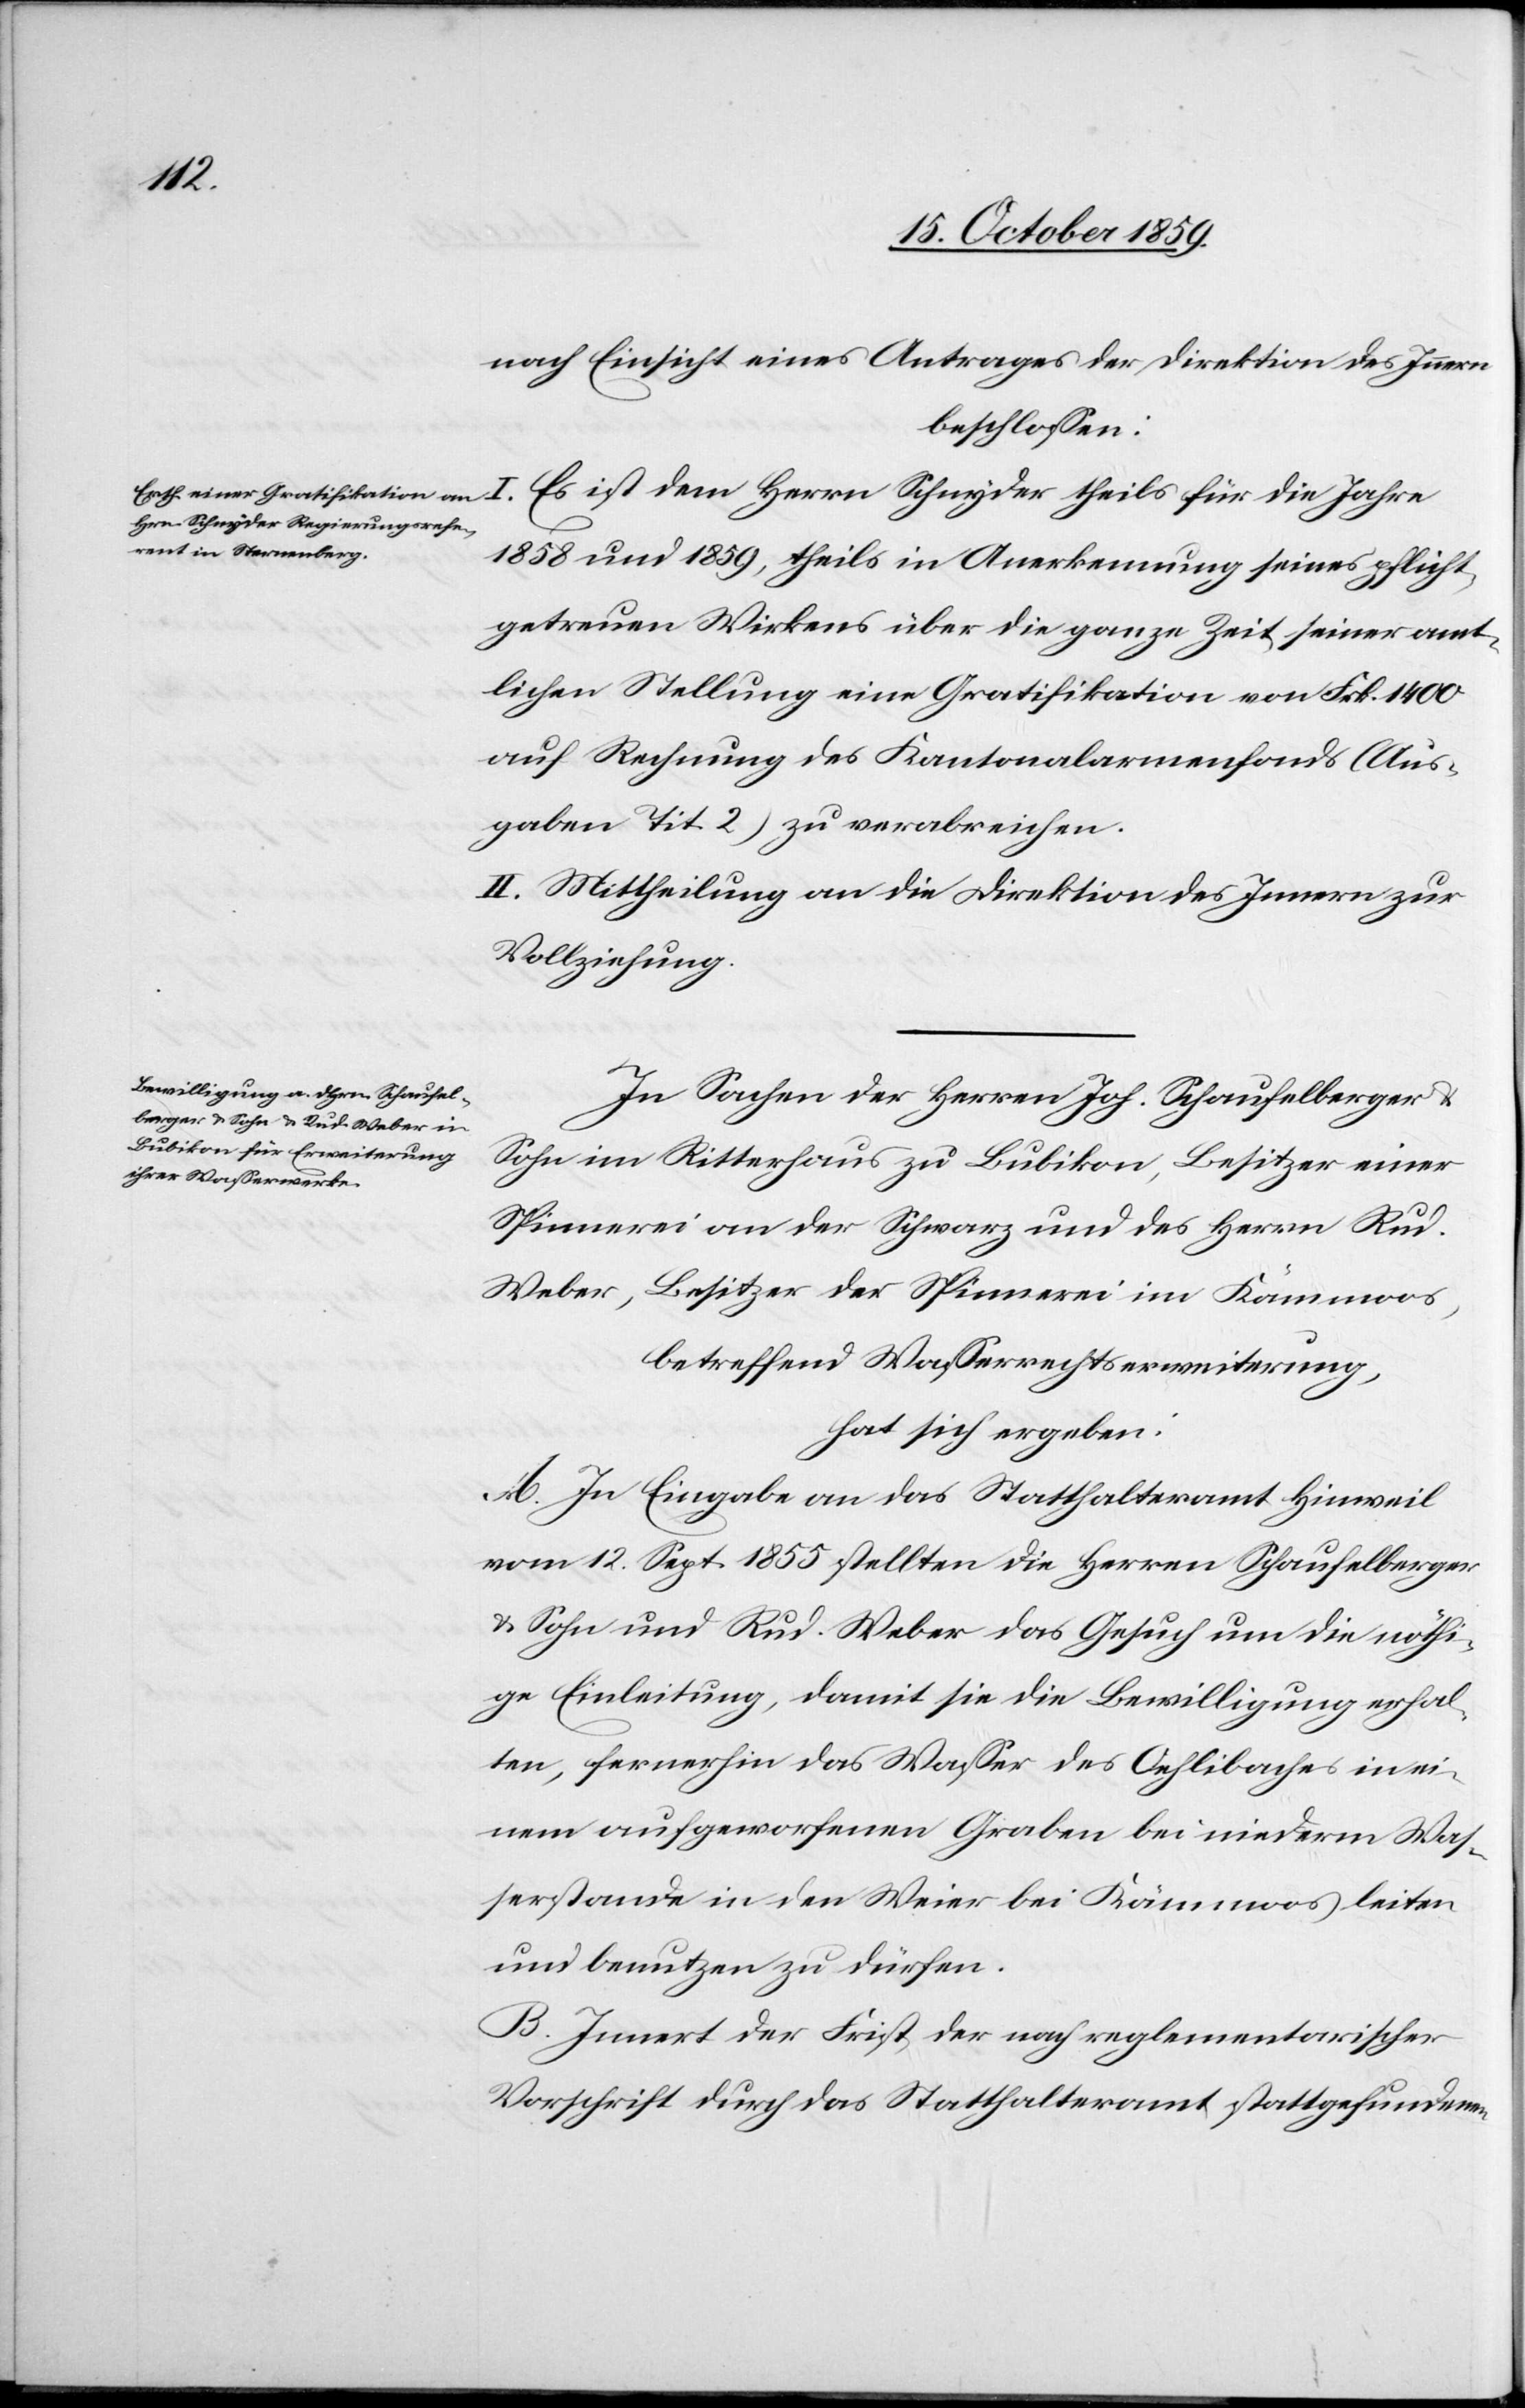
nach Einsicht eines Antrages der Direktion des Innern
beschlossen:
1858 und 1859, theils in Anerkennung seines pflicht¬
getreuen Wirkens über die ganze Zeit seiner amt¬
lichen Stellung eine Gratifikation von Frk. 1400
auf Rechnung des Kantonalarmenfond (Aus¬
gaben Tit. 2) zu verabreichen.
II. Mittheilung an die Direktion des Innern zur
Vollziehung.
In Sachen der Herren Joh. Schaufelberger &
Sohn im Ritterhaus zu Bubikon, Besitzer einer
Spinnerei an der Schwarz und des Herrn Rud.
Weber, Besitzer der Spinnerei in Kämmoos,
betreffend Wasserrechtserweiterung,
hat sich ergeben:
A. In Eingabe an das Statthalteramt Hinweil
vom 12. Sept. 1855 stellten die Herren Schaufelberger
& Sohn und Rud. Weber das Gesuch um die nöthi¬
ge Einleitung, damit sie die Bewilligung erhal¬
ten, fernerhin das Wasser des Oehlibaches in ei¬
nem aufgeworfenen Graben bei niederm Was¬
serstande in den Weier bei Kämmoos leiten
und benutzen zu dürfen.
B. Innert der Frist der nach reglementarischer
Vorschrift durch das Statthalteramt stattgefundenen